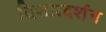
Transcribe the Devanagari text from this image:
दिशप्रदर्शन